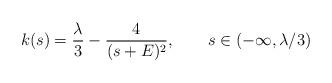
LaTeX: \begin{align*}k(s)=\frac{\lambda}3-\frac{4}{(s+E)^2},\qquad s\in (-\infty,\lambda/3)\end{align*}